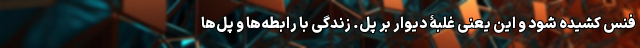
فنس کشیده شود و این یعنی غلبۀ دیوار بر پل. زندگی با رابطه‌ها و پل‌ها